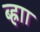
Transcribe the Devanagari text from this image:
ब्ह्राा